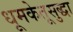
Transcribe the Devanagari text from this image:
धूमकेतूसुद्धा